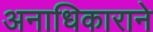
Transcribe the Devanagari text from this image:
अनाधिकाराने